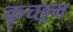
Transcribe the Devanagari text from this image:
कृच्छ्रम